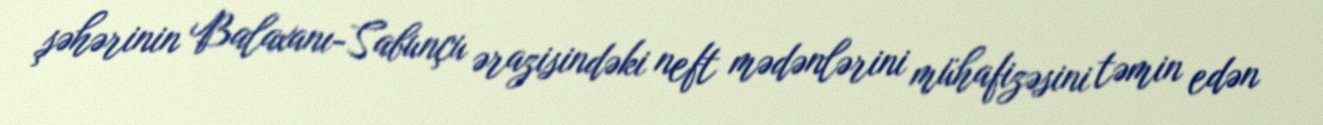
şəhərinin Balaxanı-Sabunçu ərazisindəki neft mədənlərini mühafizəsini təmin edən